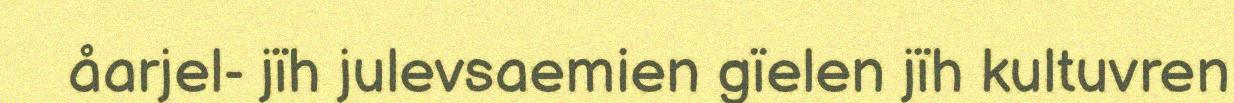
åarjel- jïh julevsaemien gïelen jïh kultuvren